Lunatic asylums Burma 1907-21 - 1907-1921
Year: 1907
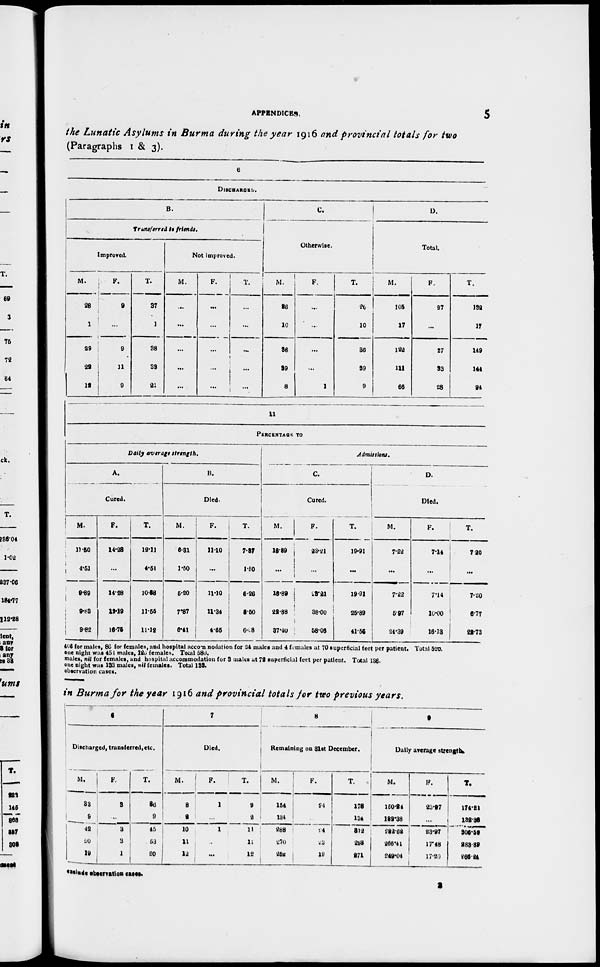
APPENDICES.
5
the Lunatic Asylums in Burma during the year 1916 and provincial totals for two
(Paragraphs 1 & 3).
6
DISCHARGED.
B.
Transferred to friends.
Improved.
M.
28
1
29
22
12
F.
9
...
9
11
9
T.
37
1
38
33
21
Not improved.
M.
...
...
...
...
...
F.
...
...
...
...
...
T.
...
...
...
...
...
C.
Otherwise.
M.
26
10
36
39
8
F.
...
...
...
...
1
T.
26
10
36
39
9
D.
Total.
M.
105
17
122
111
66
F.
27
...
27
33
28
T.
132
17
149
144
94
11
PERCENTAGE TO
Daily average strength.
A.
Cured.
M.
11.50
4.51
9.89
9.88
9.82
F.
14.28
...
14.28
19.19
16.75
T.
12.11
4.51
10.68
11.55
11.12
B.
Died.
M.
6.31
1.50
5.20
7.87
6.41
F.
11.10
...
11.10
11.34
4.65
T.
7.37
1.60
6.26
8.50
6.08
Admissions.
C.
Cured.
M.
18.89
...
18.89
22.88
37.40
F.
23.21
...
23.21
38.00
58.06
T.
19.91
...
19.91
25.89
41.56
D.
Died.
M.
7.22
...
7.22
5.97
21.39
F.
7.14
...
7.14
10.00
16.13
T.
7.20
...
7.20
6.77
21.73
406 for males, 86 for females, and hospital accommodation for 24 males and 4 females at 70 superficial feet per patient. Total 520.
one night was 451 males, 126 females. Total 580.
males, nil for females, and hospital accommodation for 3 males at 72 superficial feet per patient. Total 136.
one night was 133 males, nil females. Total 133.
observation cases.
in Burma for the year 1916 and provincial totals for two previous years.
6
Discharged, transferred, etc.
M.
33
9
42
50
19
F.
3
...
3
3
1
T.
36
9
45
53
20
7
Died.
M.
8
2
10
11
12
F.
1
...
1
...
...
T.
9
2
11
11
12
8
Remaining on 31st December.
M.
154
134
288
270
252
F.
24
...
4
23
19
T.
178
134
302
293
271
9
Daily average strength.
M.
150.24
132.38
282.62
266.41
249.04
F.
23.97
...
23.97
17.48
17.20
T.
174.21
138.38
306.59
283.89
266.24
exclude observation cases.
2